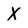
Character: X